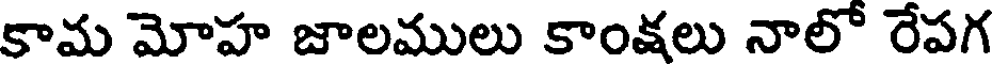
కామ మోహ జాలములు కాంకలు నాలో రేపగ